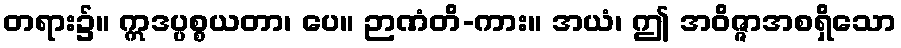
တရား၌။ ဣဒပ္ပစ္စယတာ၊ ပေ။ ဉာဏံတိ-ကား။ အယံ၊ ဤ အဝိဇ္ဇာအစရှိသော